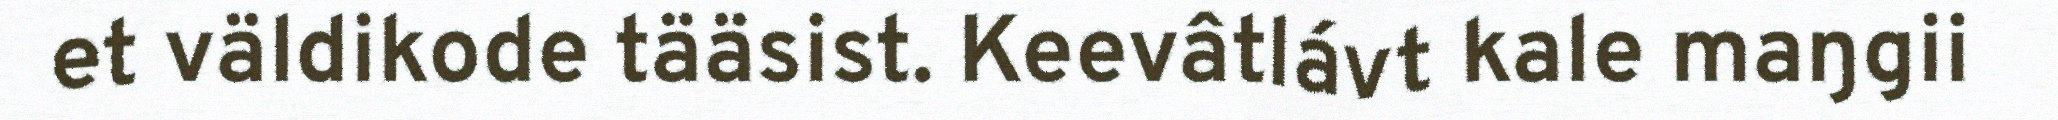
et väldikode tääsist. Keevâtlávt kale maŋgii